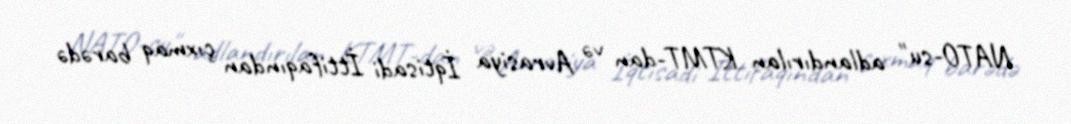
NATO-su" adlandırılan KTMT-dan və Avrasiya İqtisadi İttifaqından çıxmaq barədə